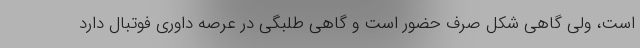
است، ولی گاهی شکل صرف حضور است و گاهی طلبگی در عرصه داوری فوتبال دارد